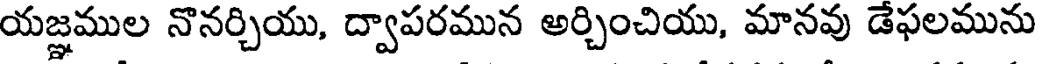
యజ్ఞముల నొనర్చియు, ద్వాపరమున అర్చించియు, మానవు డేఫలమును